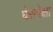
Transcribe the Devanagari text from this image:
घेरापेक्षा